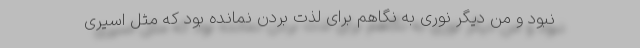
نبود و من دیگر نوری به نگاهم برای لذت بردن نمانده بود که مثل اسیری